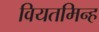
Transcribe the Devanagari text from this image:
वियतमिन्ह